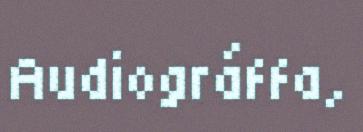
Audiográffa,